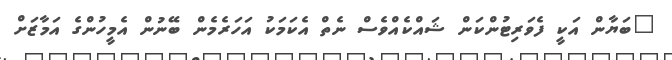
"ބަޔާން އަކީ ފެވަރިޓުންކަން ޝައްކެއްވެސް ނެތް އެކަމަކު އަހަރެމެން ބޭނުން އެމީހުންގެ އަމާޒަށް